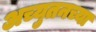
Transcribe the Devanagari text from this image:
अच्युतनच्या